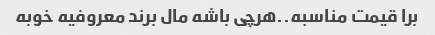
برا قیمت مناسبه..هرچی باشه مال برند معروفیه خوبه